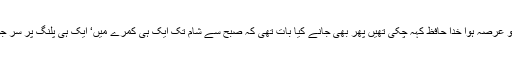
کتابوں ‘اسکولوں کو عرصہ ہوا خدا حافظ کہہ چکی تھیں پھر بھی جانے کیا بات تھی کہ صبح سے شام تک ایک ہی کمرے میں‘ ایک ہی پلنگ پر سر جوڑے بیٹھی رہتیں۔